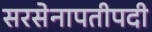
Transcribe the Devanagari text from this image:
सरसेनापतीपदी